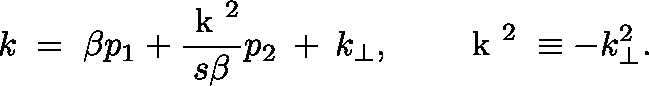
k \; = \; \beta p _ { 1 } + \frac { \mathrm { \boldmath ~ k ~ } ^ { 2 } } { s \beta } p _ { 2 } \: + \: k _ { \perp } , \quad \quad \mathrm { \boldmath ~ k ~ } ^ { 2 } \; \equiv - k _ { \perp } ^ { 2 } .